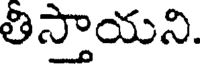
తిసాయని.